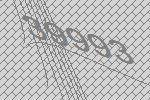
39993